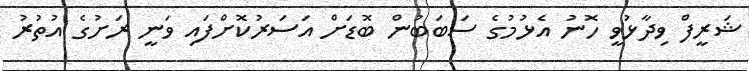
ޝަރީފް ވިދާޅުވީ ހޮނު އެޅުމުގެ ސަބަބުން ބޮޑަށް އަސަރުކޮށްފައި ވަނީ ރަށުގެ އުތުރު